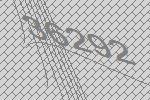
36292